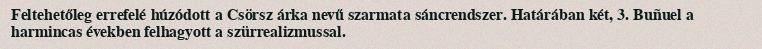
Feltehetőleg errefelé húzódott a Csörsz árka nevű szarmata sáncrendszer. Határában két, 3. Buñuel a harmincas években felhagyott a szürrealizmussal.